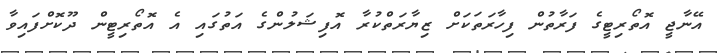
އޭނާޖީ އޮތޯރިޓީގެ ފަރާތުން ފިހާރަތަކަށް ޒިޔާރަތްކުރާ އޮފިޝަލުންގެ އަތުގައި އެ އޮތޯރިޓީން ދޫކޮށްފައިވާ